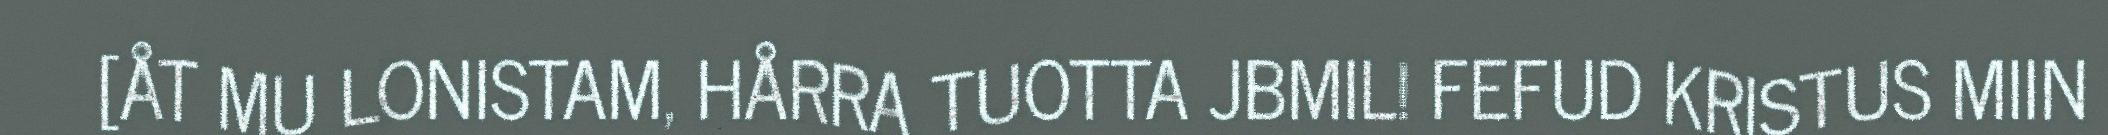
[ÅT MU LONISTAM, HÅRRA TUOTTA JBMIL! FEFUD KRISTUS MIIN